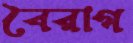
বৈরাগ